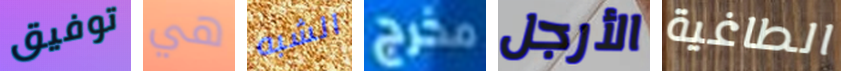
توفيق هي الشبه مخرج الأرجل الطاغية